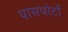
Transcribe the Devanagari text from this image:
पासपोर्टों